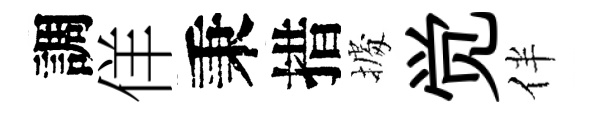
調佯秉措𢴃觉伴